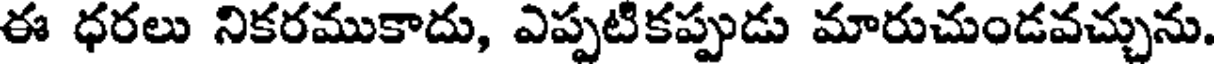
ఈ ధరలు నికరముకాదు, ఎప్పటికప్పుడు మారుచుండవచ్చును.